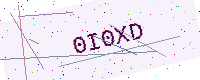
Text: 0I0XD